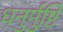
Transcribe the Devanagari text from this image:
धनुर्मुष्टि